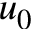
u _ { 0 }